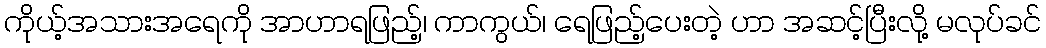
ကိုယ့်အသားအရေကို အာဟာရဖြည့်၊ ကာကွယ်၊ ရေဖြည့်ပေးတဲ့ ဟာ အဆင့်ပြီးလို့ မလုပ်ခင်